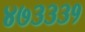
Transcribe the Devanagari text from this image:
४७३३३१